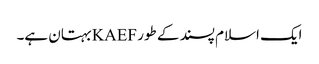
ایک اسلام پسند کے طور KAEFبہتان ہے۔